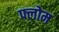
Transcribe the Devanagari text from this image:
फ्लोम